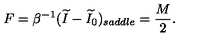
F = \beta ^ { - 1 } ( \widetilde I - \widetilde I _ { 0 } ) _ { s a d d l e } = { \frac { M } { 2 } } .